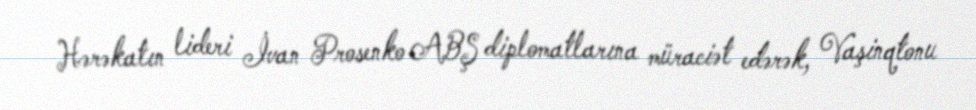
Hərəkatın lideri İvan Prosenko ABŞ diplomatlarına müraciət edərək, Vaşinqtonu